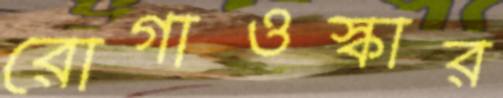
রোগাওস্কার